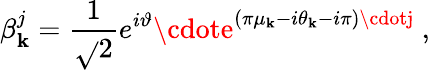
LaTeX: \beta_{\mathbf{k}}^{j}={\frac{{1}}{{\sqrt{}{{2}}}}}e^{i\vartheta}\cdote^{(\pi\mu_{\mathbf{k}}-i\theta_{\mathbf{k}}-i\pi)\cdotj}\ ,